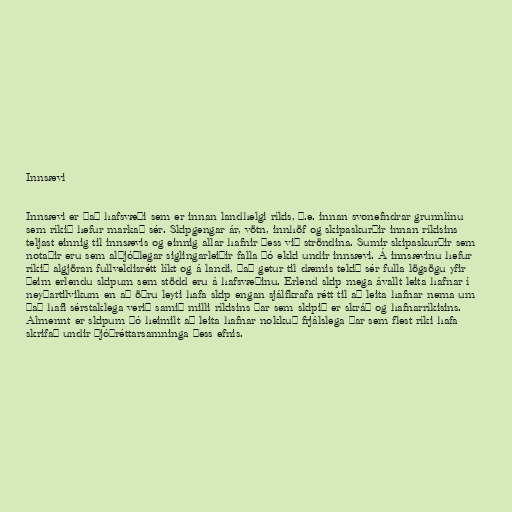
Innsævi

Innsævi er það hafsvæði sem er innan landhelgi ríkis, þ.e. innan svonefndrar grunnlínu
sem ríkið hefur markað sér. Skipgengar ár, vötn, innhöf og skipaskurðir innan ríkisins
teljast einnig til innsævis og einnig allar hafnir þess við ströndina. Sumir skipaskurðir sem
notaðir eru sem alþjóðlegar siglingarleiðir falla þó ekki undir innsævi. Á innsævinu hefur
ríkið algjöran fullveldisrétt líkt og á landi, það getur til dæmis tekið sér fulla lögsögu yfir
þeim erlendu skipum sem stödd eru á hafsvæðinu. Erlend skip mega ávallt leita hafnar í
neyðartilvikum en að öðru leyti hafa skip engan sjálfkrafa rétt til að leita hafnar nema um
það hafi sérstaklega verið samið milli ríkisins þar sem skipið er skráð og hafnarríkisins.
Almennt er skipum þó heimilt að leita hafnar nokkuð frjálslega þar sem flest ríki hafa
skrifað undir þjóðréttarsamninga þess efnis.